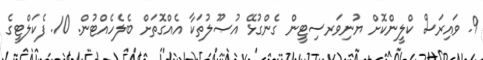
9. ވައިރަސް ކްލީންކޮށް ޔުނިވަރސިޓީން ގެންގުޅޭ އުޞޫލުތަކާ އެއްގޮތަށް ބެލެހެއްޓުން. 10. ފެކަލްޓީގެ